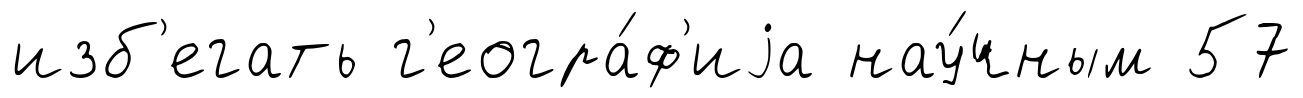
изб'егать г'еогра́ф'иjа нау́чным 57